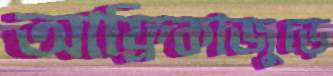
আফ্রিকাজুড়ে